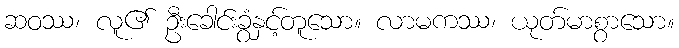
ဆဝဿ၊ လူ၏ ဦးခေါင်းခွံနှင့်တူသော။ လာမကဿ၊ ယုတ်မာစွာသော။